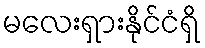
မလေးရှားနိုင်ငံရှိ